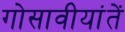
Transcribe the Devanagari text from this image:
गोसावीयांतें